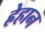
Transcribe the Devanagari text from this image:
ह्रेहान